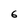
Character: 6